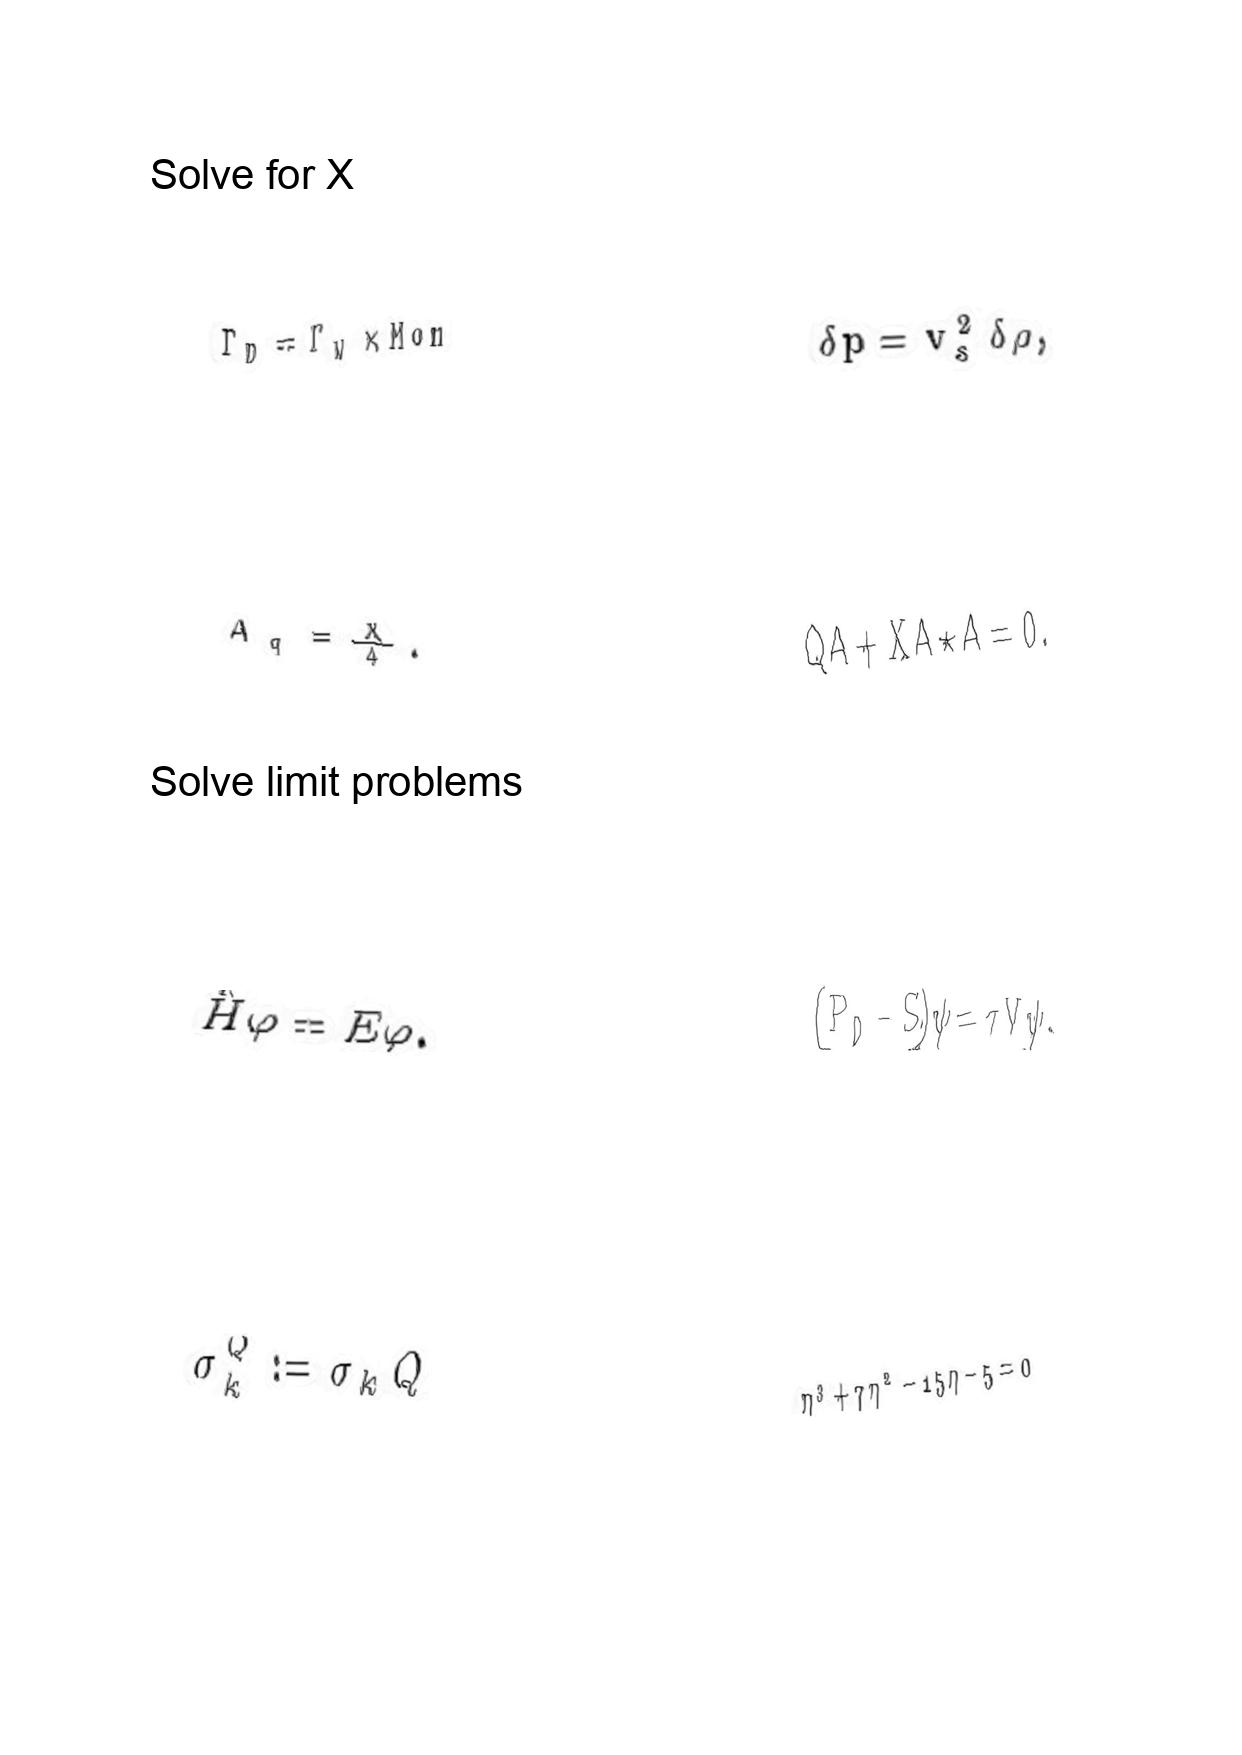
LaTeX transcription:
\Gamma _ { D } = \Gamma _ { W } \times M o n
A _ { q } = \frac { X } { 4 } .
\hat { H } \varphi = E \varphi .
\sigma _ { k } ^ { Q } : = \sigma _ { k } Q
\delta p = v _ { s } ^ { 2 } \delta \rho ,
Q A + \mathrm { X } A \star A = 0 .
\lparen P _ { 0 } - S \rparen \psi = \tau V \psi .
\eta ^ { 3 } + 7 \eta ^ { 2 } - 1 5 \eta - 5 = 0